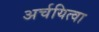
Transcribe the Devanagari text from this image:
अर्चयित्वा